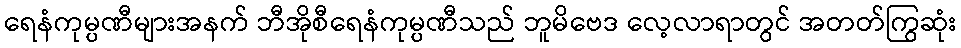
ရေနံကုမ္ပဏီများအနက် ဘီအိုစီရေနံကုမ္ပဏီသည် ဘူမိဗေဒ လေ့လာရာတွင် အတတ်ကြွဆုံး